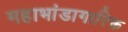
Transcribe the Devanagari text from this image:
महाभांडागारिक